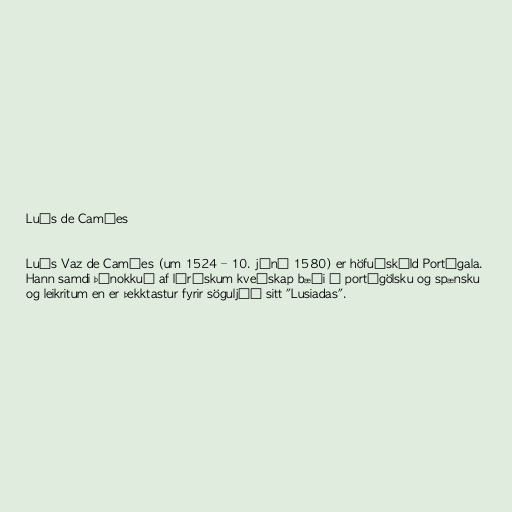
Luís de Camões

Luís Vaz de Camões (um 1524 – 10. júní 1580) er höfuðskáld Portúgala.
Hann samdi þónokkuð af lýrískum kveðskap bæði á portúgölsku og spænsku
og leikritum en er þekktastur fyrir söguljóð sitt "Lusiadas".